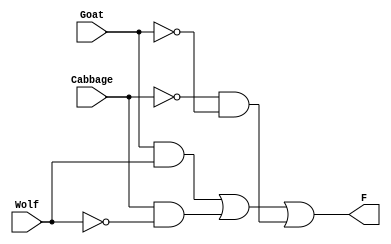
// This program was cloned from: https://github.com/regales/cpre281
// License: Apache License 2.0

// Copyright (C) 2023  Intel Corporation. All rights reserved.
// Your use of Intel Corporation's design tools, logic functions 
// and other software and tools, and any partner logic 
// functions, and any output files from any of the foregoing 
// (including device programming or simulation files), and any 
// associated documentation or information are expressly subject 
// to the terms and conditions of the Intel Program License 
// Subscription Agreement, the Intel Quartus Prime License Agreement,
// the Intel FPGA IP License Agreement, or other applicable license
// agreement, including, without limitation, that your use is for
// the sole purpose of programming logic devices manufactured by
// Intel and sold by Intel or its authorized distributors.  Please
// refer to the applicable agreement for further details, at
// https://fpgasoftware.intel.com/eula.

// PROGRAM		"Quartus Prime"
// VERSION		"Version 22.1std.1 Build 917 02/14/2023 SC Standard Edition"
// CREATED		"Fri Feb  2 13:28:41 2024"

module lab2step2(
	Cabbage,
	Goat,
	Wolf,
	F
);


input wire	Cabbage;
input wire	Goat;
input wire	Wolf;
output wire	F;

wire	SYNTHESIZED_WIRE_0;
wire	SYNTHESIZED_WIRE_1;
wire	SYNTHESIZED_WIRE_2;
wire	SYNTHESIZED_WIRE_3;
wire	SYNTHESIZED_WIRE_4;
wire	SYNTHESIZED_WIRE_5;




assign	SYNTHESIZED_WIRE_0 =  ~Cabbage;

assign	SYNTHESIZED_WIRE_1 =  ~Goat;

assign	SYNTHESIZED_WIRE_2 =  ~Wolf;

assign	SYNTHESIZED_WIRE_5 = SYNTHESIZED_WIRE_0 & SYNTHESIZED_WIRE_1;

assign	SYNTHESIZED_WIRE_3 = Goat & Wolf;

assign	SYNTHESIZED_WIRE_4 = Cabbage & SYNTHESIZED_WIRE_2;

assign	F = SYNTHESIZED_WIRE_3 | SYNTHESIZED_WIRE_4 | SYNTHESIZED_WIRE_5;


endmodule